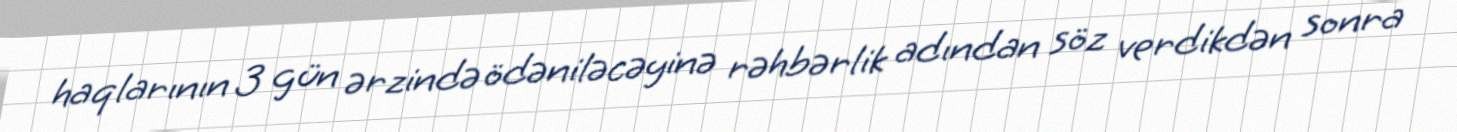
haqlarının 3 gün ərzində ödəniləcəyinə rəhbərlik adından söz verdikdən sonra